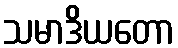
သမာဒိယတော